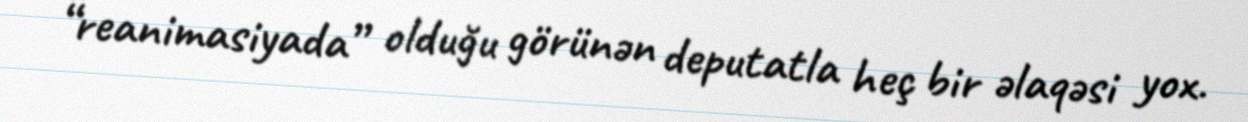
“reanimasiyada” olduğu görünən deputatla heç bir əlaqəsi yox.